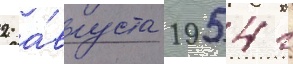
2 а́вгуста 1954 г